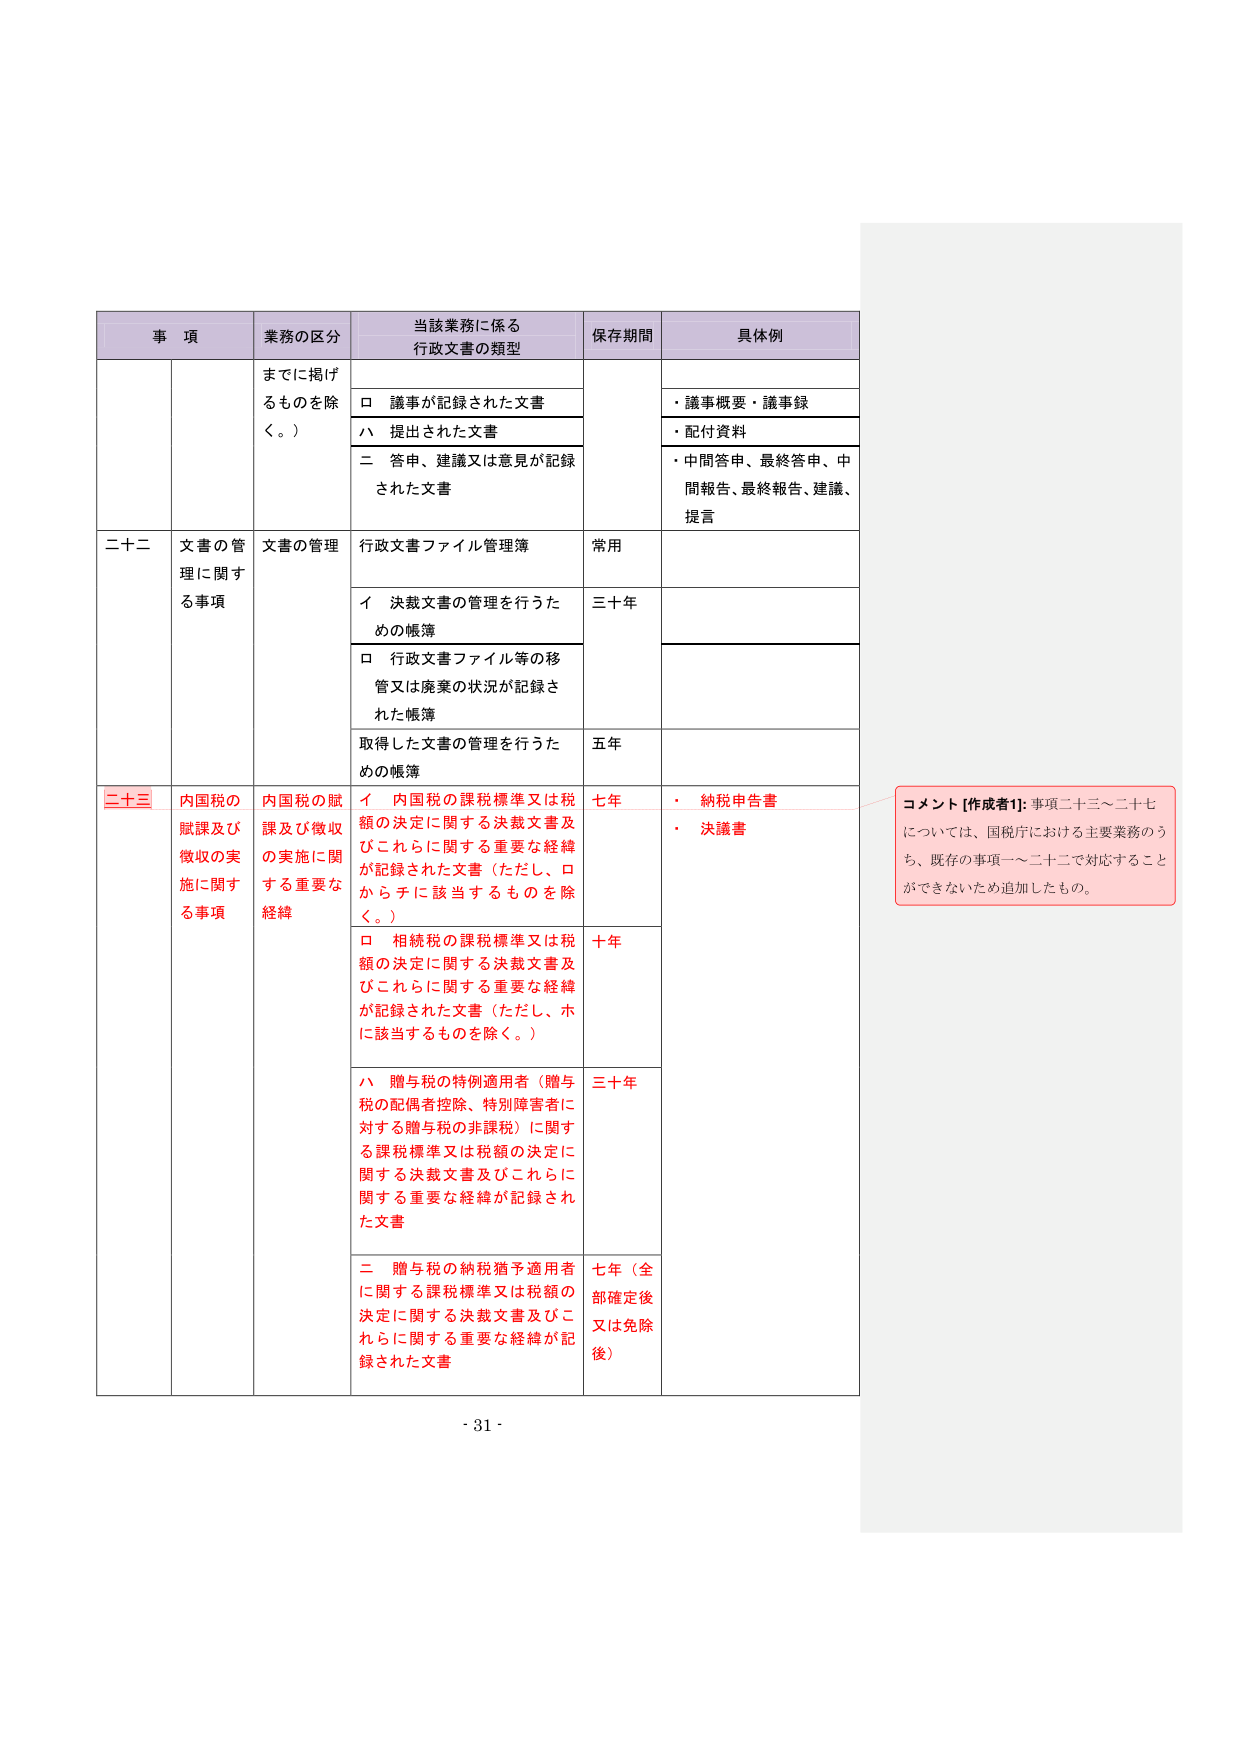
事 項 業務の区分 当該業務に係る 行政文書の類型 保存期間 具体例 までに掲げ るものを除 く。） □ 議事が記録された文書 ・議事概要・議事録 ハ 提出された文書 ・配付資料 二 答申、建議又は意見が記録 された文書 ・中間答申、最終答申、中 間報告、最終報告、建議、 提言 二十二 文書の管 理に関する事項 文書の管理 行政文書ファイル管理簿 常用 イ 決裁文書の管理を行うた めの帳簿 三十年 □ 行政文書ファイル等の移 管又は廃棄の状況が記録さ れた帳簿 取得した文書の管理を行うた めの帳簿 五年 二十三 内国税の 賦課及び 徴収の実 施に関する事項 内国税の賦 課及び徴収 の実施に関 する重要な 経緯 イ 内国税の課税標準又は税 額の決定に関する決裁文書及 びこれらに関する重要な経緯 が記録された文書（ただし、口 からチに該当するものを除 く。） 七年 ・ 納税申告書 ・ 決議書 □ 相続税の課税標準又は税 額の決定に関する決裁文書及 びこれらに関する重要な経緯 が記録された文書（ただし、ホ に該当するものを除く。） 十年 ハ 贈与税の特例適用者（贈与 税の配偶者控除、特別障害者に 対する贈与税の非課税）に関す る課税標準又は税額の決定に 関する決裁文書及びこれらに 関する重要な経緯が記録され た文書 三十年 二 贈与税の納税猶予適用者 に関する課税標準又は税額の 決定に関する決裁文書及びこ れらに関する重要な経緯が記 録された文書 七年（全 部確定後 又は免除 後） コメント【作成者1】：事項二十三～二十七 については、国税庁における主要業務のう ち、既存の事項一～二十二で対応すること ができないため追加したもの。 - 31 -